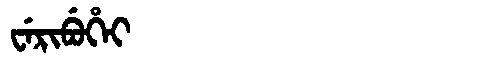
Manchu: ᠸᡝᡵᡳᠪᡠᡥᡝᡳ
Romanization: WERIBUHEI